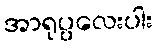
အာရုပ္ပလေးပါး